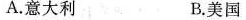
A.意大利 B.美国